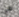
هي